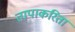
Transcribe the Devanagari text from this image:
तापाकरिता